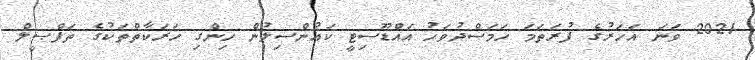
2021 ވަނަ އަހަރުގެ ފުރަތަމަ ހަމަސްދުވަހު އައްޑޫސިޓީ ކައުންސިލުން ހިންގި ހަރަކާތްތަކުގެ ތަފްޞީލް